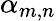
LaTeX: \alpha_{m,n}